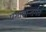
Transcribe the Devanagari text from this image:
प्रभावान्तर्गत